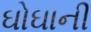
ઘોઘાની